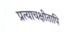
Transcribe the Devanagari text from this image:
प्रत्याचक्षीतापि